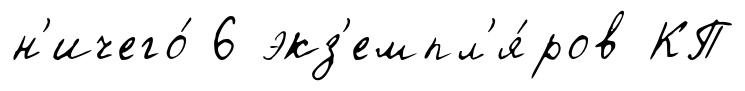
н'ичего́ 6 экз'емпл'я́ров КП